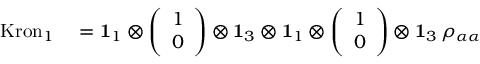
\begin{array} { r l } { \mathrm { K r o n } _ { 1 } } & { { } = \mathbf { 1 } _ { 1 } \otimes \left( \begin{array} { l } { 1 } \\ { 0 } \end{array} \right) \otimes \mathbf { 1 } _ { 3 } \otimes \mathbf { 1 } _ { 1 } \otimes \left( \begin{array} { l } { 1 } \\ { 0 } \end{array} \right) \otimes \mathbf { 1 } _ { 3 } \, \rho _ { \alpha \alpha } } \end{array}